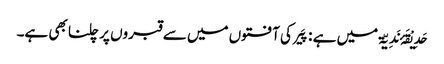
حَدِیْقَۂ نَدِیّۃ میں ہے : پَیر کی آفتوں میں سے قبروں پر چلنا بھی ہے۔